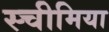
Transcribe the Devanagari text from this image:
स्चीमिया